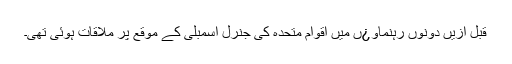
قبل ازیں دونوں رہنماو¿ں میں اقوام متحدہ کی جنرل اسمبلی کے موقع پر ملاقات ہوئی تھی۔